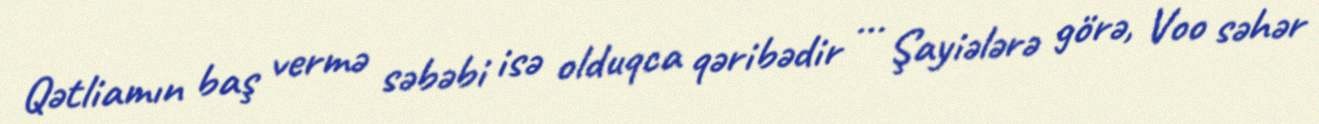
Qətliamın baş vermə səbəbi isə olduqca qəribədir ... Şayiələrə görə, Voo səhər